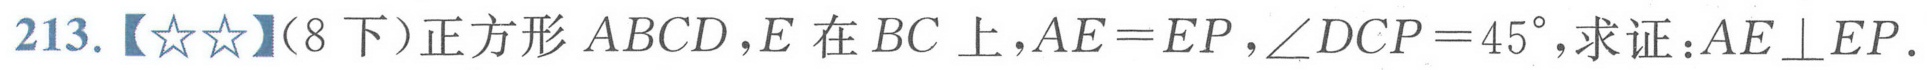
213.【\(☆☆\)】(8下）正方形\(ABCD\)，\(E\)在\(BC\)上，\(AE = EP\)，\(\angle DCP = 45^{\circ}\)，求证：\(AE\perp EP\).